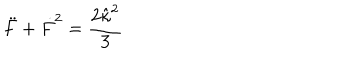
LaTeX: \ddot { F } + \dot { F } ^ { 2 } = \frac { 2 \hat { \kappa } ^ { 2 } } { 3 }